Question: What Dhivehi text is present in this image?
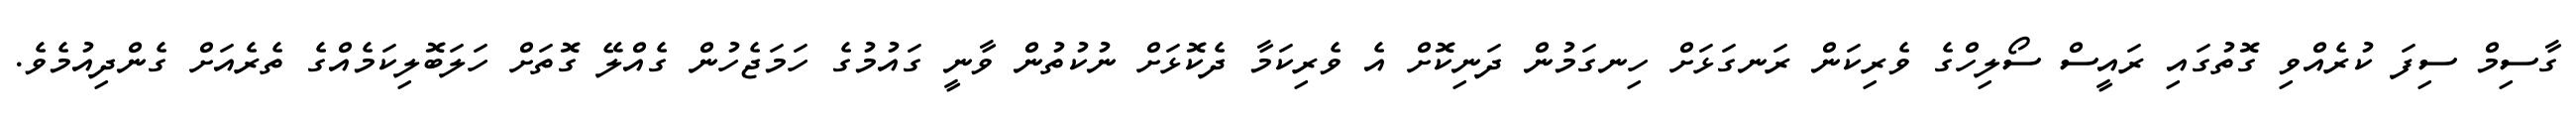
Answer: ގާސިމް ސިފަ ކުރެއްވި ގޮތުގައި ރައީސް ސޯލިހްގެ ވެރިކަން ރަނގަޅަށް ހިނގަމުން ދަނިކޮށް އެ ވެރިކަމާ ދެކޮޅަށް ނުކުތުން ވާނީ ގައުމުގެ ހަމަޖެހުން ގެއްލޭ ގޮތަށް ހަލަބޮލިކަމެއްގެ ތެރެއަށް ގެންދިއުމެވެ.